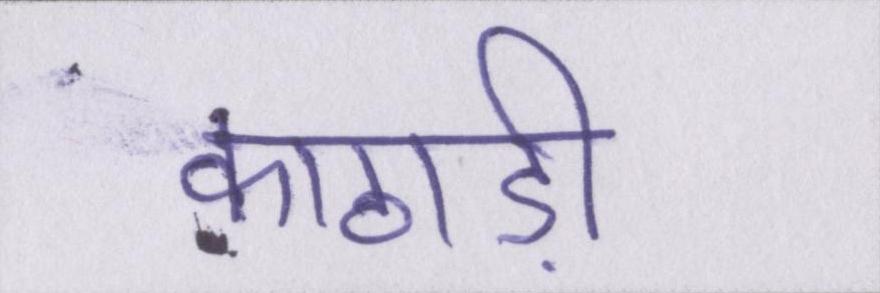
काठाड़ी